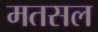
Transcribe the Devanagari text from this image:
मतसल